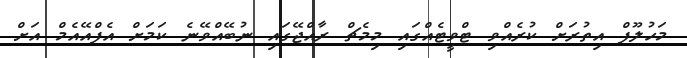
މަހުލޫފް އިތުރަށް ކުރެއްވި ޓްވީޓެއްގައި މިމެޗް ރާއްޖޭގައި ނުބޭއްވޭނެ ކަމަށް އެފްއޭއެމް އަށް